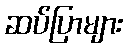
ဆပ်ပြာများ